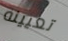
تعيينه